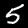
Digit: 5